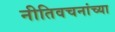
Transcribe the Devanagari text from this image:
नीतिवचनांच्या